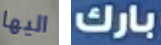
اليها بارك